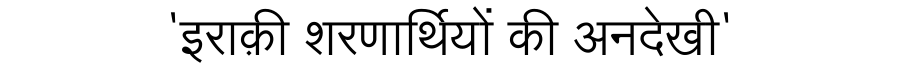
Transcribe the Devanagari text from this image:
'इराक़ी शरणार्थियों की अनदेखी'